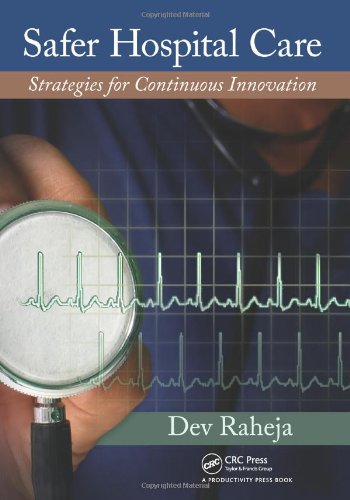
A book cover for Safer Hospital Care: Strategies for Continuous Innovation; Dev Raheja; Business & Money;